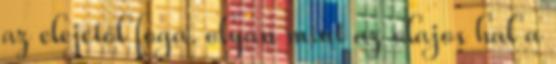
az elejétől foga. olyan mint az olajos hal a